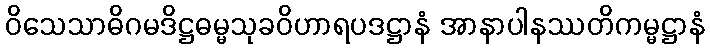
ဝိသေသာဓိဂမဒိဋ္ဌဓမ္မသုခဝိဟာရပဒဋ္ဌာနံ အာနာပါနဿတိကမ္မဋ္ဌာနံ